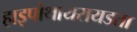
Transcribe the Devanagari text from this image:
हाइपोथायरायडता